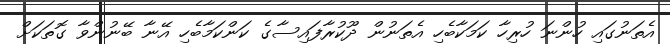
އެތަނުގައި ހުންނަ ހުރިހާ ކަމަކާބެހި އެތަނުން ދޫކުރާފައިސާގެ ކަންކަމާބެހި އޭނާ ބޭނުންވާ ގޮތަކަށް